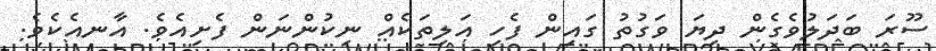
ސޫރަ ބަދަލުވެގެން ދިޔަ ވަގުތު ގައިން ފެހި އަލިތަކެއް ނިކުންނަން ފެށިއެވެ. އާނއެކެވެ.